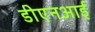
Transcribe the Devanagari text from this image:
डीएनआई